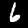
Label: 6